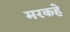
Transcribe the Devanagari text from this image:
मरकहे